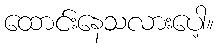
ထောင်းနေသလားပေါ့။